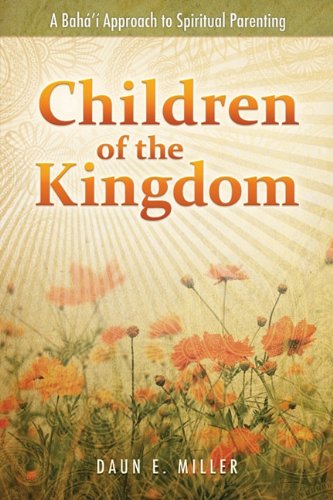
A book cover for Children of the Kingdom: A Baha'i Approach to Spiritual Parenting; Daun E. Miller; Religion & Spirituality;